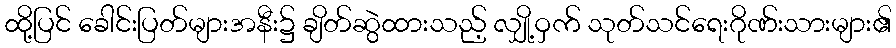
ထို့ပြင် ခေါင်းပြတ်များအနီး၌ ချိတ်ဆွဲထားသည့် လျှို့ဝှက် သုတ်သင်ရေးဂိုဏ်းသားများ၏